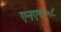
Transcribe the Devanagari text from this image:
एनएच५८